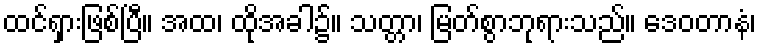
ထင်ရှားဖြစ်ပြီ။ အထ၊ ထိုအခါ၌။ သတ္တာ၊ မြတ်စွာဘုရားသည်။ ဒေဝတာနံ၊